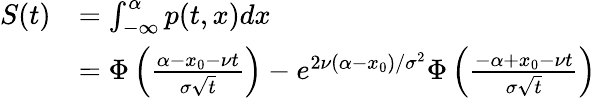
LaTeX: {\begin{array}{rl}{S(t)}&{=\int_{-\infty}^{\alpha}p(t,x)dx}\\ &{=\Phi\left({\frac{\alpha-x_{0}-\nu t}{\sigma{\sqrt{t}}}}\right)-e^{2\nu(\alpha-x_{0})/\sigma^{2}}\Phi\left({\frac{-\alpha+x_{0}-\nu t}{\sigma{\sqrt{t}}}}\right)}\end{array}}